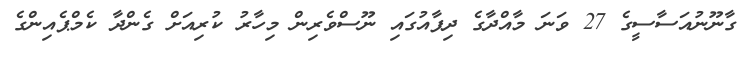
ގާނޫނުއަސާސީގެ 27 ވަނަ މާއްދާގެ ދިފާއުގައި ނޫސްވެރިން މިހާރު ކުރިއަށް ގެންދާ ކެމްޕެއިންގެ